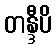
တန္ဒီပိ